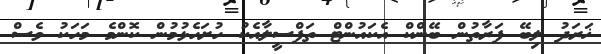
ޚަރަދު ލިބޭ ފަރާތުން ބޭންކް އެކައުންޓް ތަފްސީލާއެކު ހުށަހެޅުމުން ކޮންމެ މަހަކު ވެސް